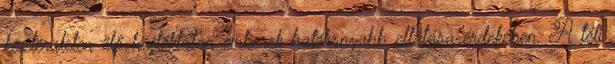
közterületen élő hajléktalan emberek hatékonyabb ellátása érdekében. A téli